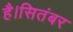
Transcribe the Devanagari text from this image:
है।सितंबर